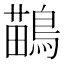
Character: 鶓